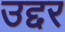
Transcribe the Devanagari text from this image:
उद्दर